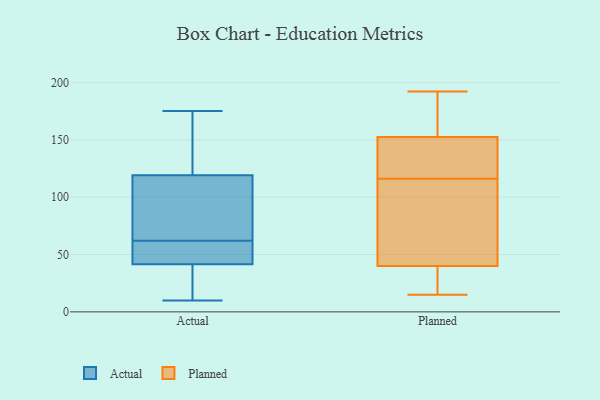
{"axis": {"x": "Shipments", "y": "Value"}, "legend": ["Actual", "Planned"], "data": [{"x": "", "y": 111, "type": "Actual"}, {"x": "", "y": 42, "type": "Actual"}, {"x": "", "y": 23, "type": "Actual"}, {"x": "", "y": 24, "type": "Actual"}, {"x": "", "y": 50, "type": "Actual"}, {"x": "", "y": 147, "type": "Actual"}, {"x": "", "y": 44, "type": "Actual"}, {"x": "", "y": 175, "type": "Actual"}, {"x": "", "y": 143, "type": "Actual"}, {"x": "", "y": 40, "type": "Actual"}, {"x": "", "y": 106, "type": "Actual"}, {"x": "", "y": 10, "type": "Actual"}, {"x": "", "y": 161, "type": "Actual"}, {"x": "", "y": 42, "type": "Actual"}, {"x": "", "y": 73, "type": "Actual"}, {"x": "", "y": 62, "type": "Actual"}, {"x": "", "y": 87, "type": "Actual"}, {"x": "", "y": 192, "type": "Planned"}, {"x": "", "y": 154, "type": "Planned"}, {"x": "", "y": 151, "type": "Planned"}, {"x": "", "y": 108, "type": "Planned"}, {"x": "", "y": 52, "type": "Planned"}, {"x": "", "y": 15, "type": "Planned"}, {"x": "", "y": 190, "type": "Planned"}, {"x": "", "y": 28, "type": "Planned"}, {"x": "", "y": 124, "type": "Planned"}, {"x": "", "y": 21, "type": "Planned"}, {"x": "", "y": 131, "type": "Planned"}, {"x": "", "y": 53, "type": "Planned"}]}